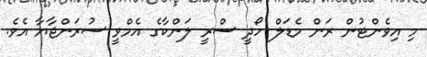
މި އިވެންޓުން ރަން މެޑަލް ހޯދީ ސްރީ ލަންކާގެ އެމްވީ ސުރަންޖާޔާ އެވެ.